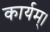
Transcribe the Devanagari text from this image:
कार्यम्।